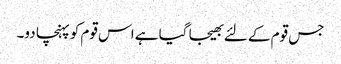
جس قوم کے لئے بھیجا گیا ہے اس قوم کو پہنچا دو۔